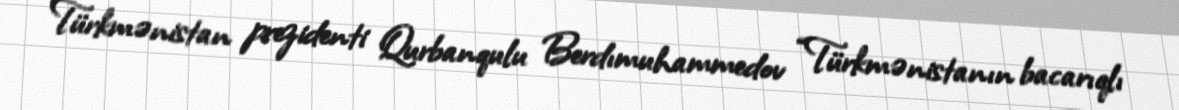
Türkmənistan prezidenti Qurbanqulu Berdımuhammedov “Türkmənistanın bacarıqlı